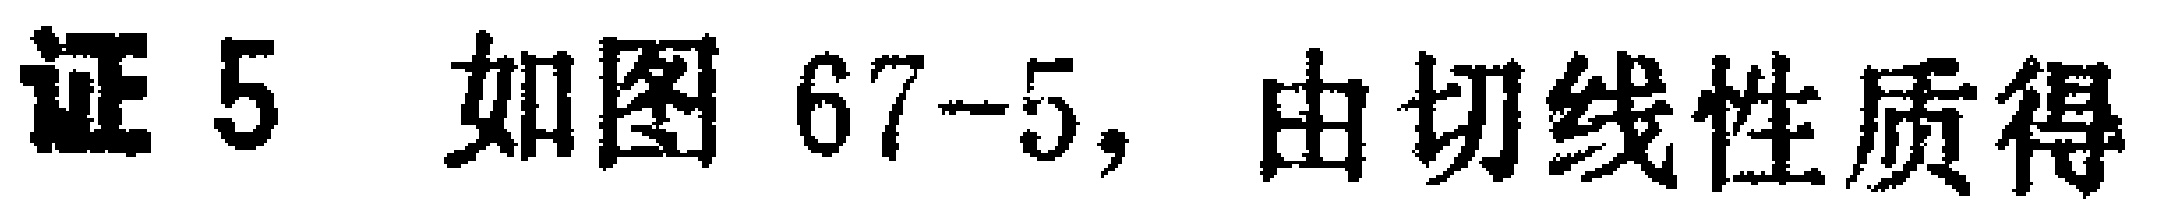
证 5 如图 67-5, 由切线性质得